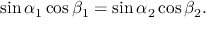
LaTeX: \sin \alpha _ { 1 } \cos \beta _ { 1 } = \sin \alpha _ { 2 } \cos \beta _ { 2 } .